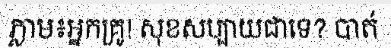
ភ្លាម៖អ្នកគ្រូ! សុខសប្បាយជាទេ? បាត់